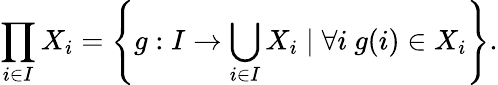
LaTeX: \prod_{i\in I}X_{i}=\left\{ g:I\to\bigcup_{i\in I}X_{i}\mid\forall i\ g(i)\in X_{i}\right\} .